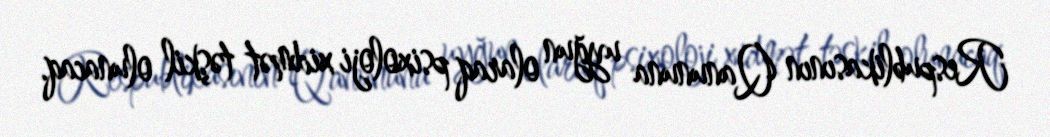
Respublikasının Qanununa uyğun olaraq psixoloji xidmət təşkil olunacaq.